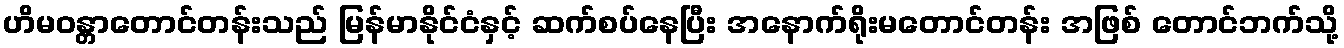
ဟိမဝန္တာတောင်တန်းသည် မြန်မာနိုင်ငံနှင့် ဆက်စပ်နေပြီး အနောက်ရိုးမတောင်တန်း အဖြစ် တောင်ဘက်သို့